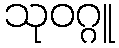
သုဝဂ္ဂူ